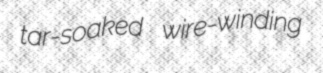
tar-soaked wire-winding